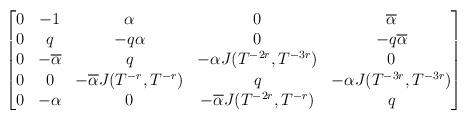
LaTeX: \begin{align*}\begin{bmatrix}0&-1&\alpha&0&\overline\alpha\\0&q&-q\alpha&0&-q\overline\alpha\\0&-\overline\alpha&q&-\alpha J(T^{-2r},T^{-3r})&0\\0&0&-\overline\alpha J(T^{-r},T^{-r})&q&-\alpha J(T^{-3r},T^{-3r})\\0&-\alpha&0&-\overline\alpha J(T^{-2r},T^{-r})&q\end{bmatrix}\end{align*}